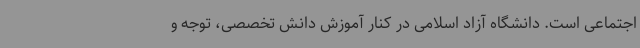
اجتماعی است. دانشگاه آزاد اسلامی در کنار آموزش دانش تخصصی، توجه و